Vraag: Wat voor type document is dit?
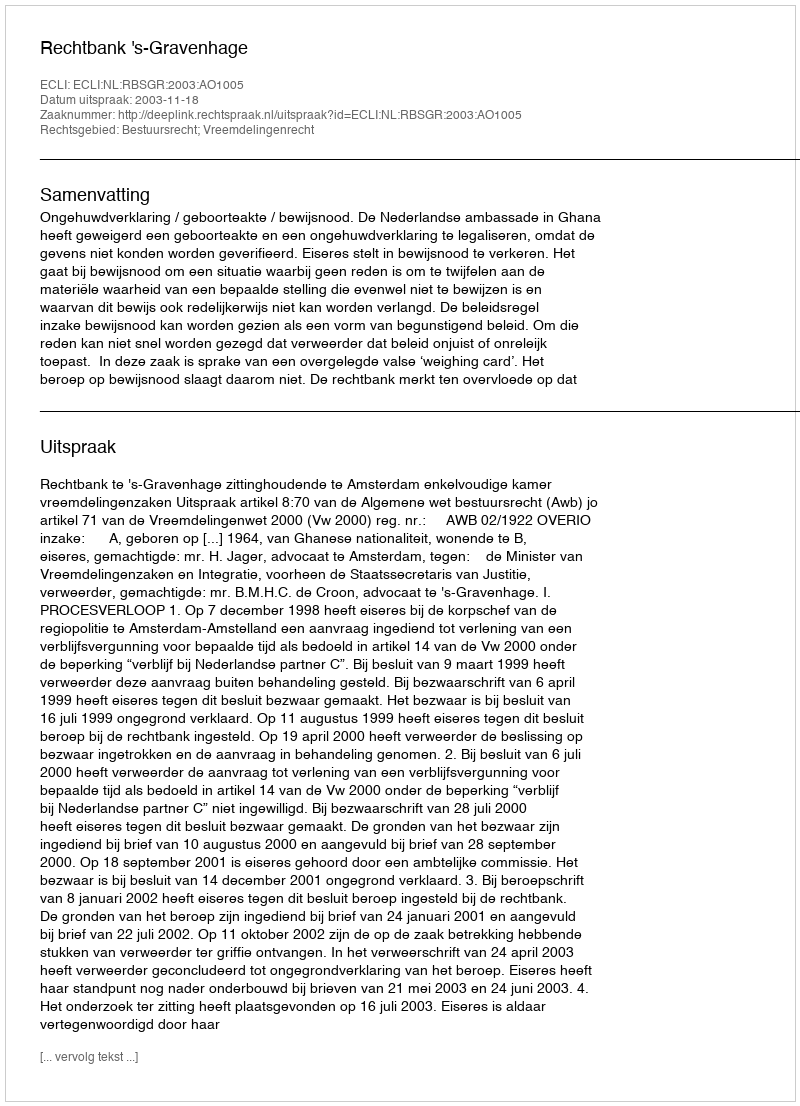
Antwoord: Uitspraak